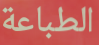
الطباعة